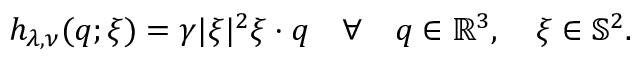
\begin{array} { r } { h _ { \lambda , \nu } ( q ; \xi ) = \gamma | \xi | ^ { 2 } \xi \cdot q \quad \forall \quad q \in \mathbb { R } ^ { 3 } , \quad \xi \in \mathbb { S } ^ { 2 } . } \end{array}